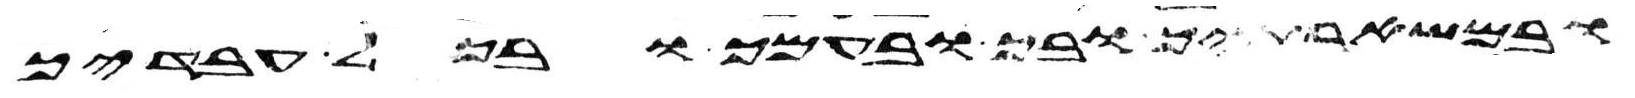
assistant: ובמשארתיך ובך ובעמך ובכל עבדיך